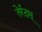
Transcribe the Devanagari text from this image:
तेर्रदस्